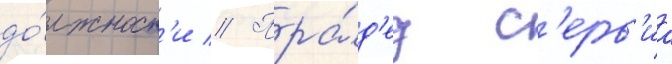
до́лжност'и // Пра́д'ед с'ерв'иа